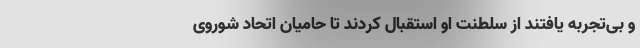
و بی‌تجربه یافتند از سلطنت او استقبال کردند تا حامیان اتحاد شوروی